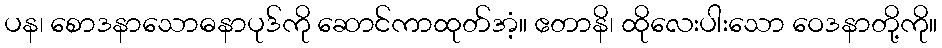
ပန၊ စောဒနာသောဓနာပုဒ်ကို ဆောင်ကာထုတ်အံ့။ ဧတာနိ၊ ထိုလေးပါးသော ဝေဒနာတို့ကို။